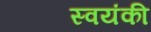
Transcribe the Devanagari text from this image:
स्वयंकी